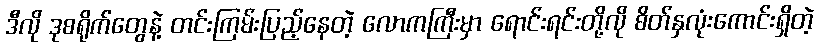
ဒီလို ဒုစရိုက်တွေနဲ့ တင်းကြမ်းပြည့်နေတဲ့ လောကကြီးမှာ ရောင်းရင်းတို့လို စိတ်နှလုံးကောင်းရှိတဲ့